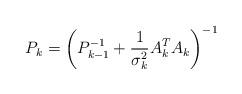
LaTeX: \begin{align*}P_k=\left(P_{k-1}^{-1}+\frac{1}{\sigma_k^2}A_k^TA_k\right)^{-1}\end{align*}